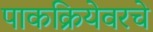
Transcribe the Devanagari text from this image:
पाकक्रियेवरचे